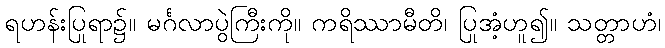
ရဟန်းပြုရာ၌။ မင်္ဂလာပွဲကြီးကို။ ကရိဿာမီတိ၊ ပြုအံ့ဟူ၍။ သတ္တာဟံ၊